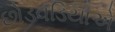
છોડવડિયાએ